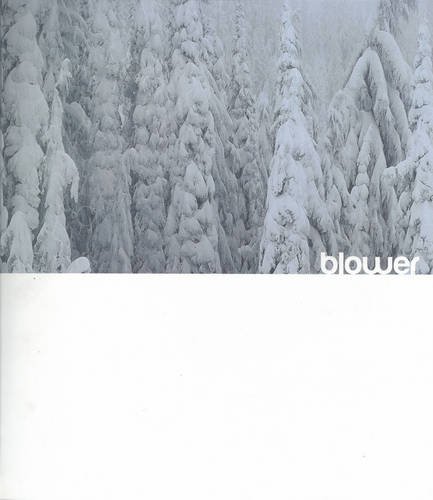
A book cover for Blower : Snowboarding Inside Out (Book & DVD Set); Jeff Curtes; Sports & Outdoors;